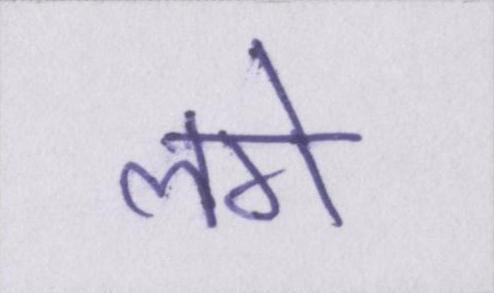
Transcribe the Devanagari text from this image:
लगे